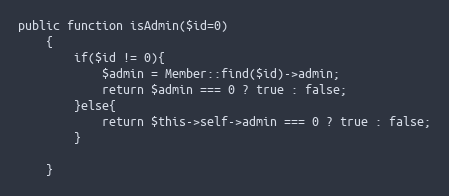
Language: PHP
public function isAdmin($id=0)
	{
		if($id != 0){
			$admin = Member::find($id)->admin;
			return $admin === 0 ? true : false;
		}else{
			return $this->self->admin === 0 ? true : false;
		}

	}